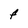
Character: F